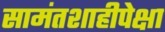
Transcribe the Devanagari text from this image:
सामंतशाहीपेक्षा